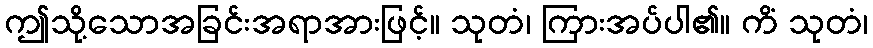
ဤသို့သောအခြင်းအရာအားဖြင့်။ သုတံ၊ ကြားအပ်ပါ၏။ ကိံ သုတံ၊